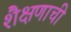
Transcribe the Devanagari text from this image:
शैक्षणाची